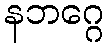
နဘဂ္ဂေ